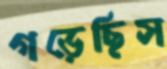
গড়েছিস